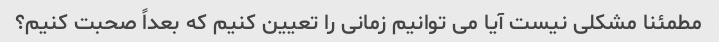
مطمئنا مشکلی نیست آیا می توانیم زمانی را تعیین کنیم که بعداً صحبت کنیم؟